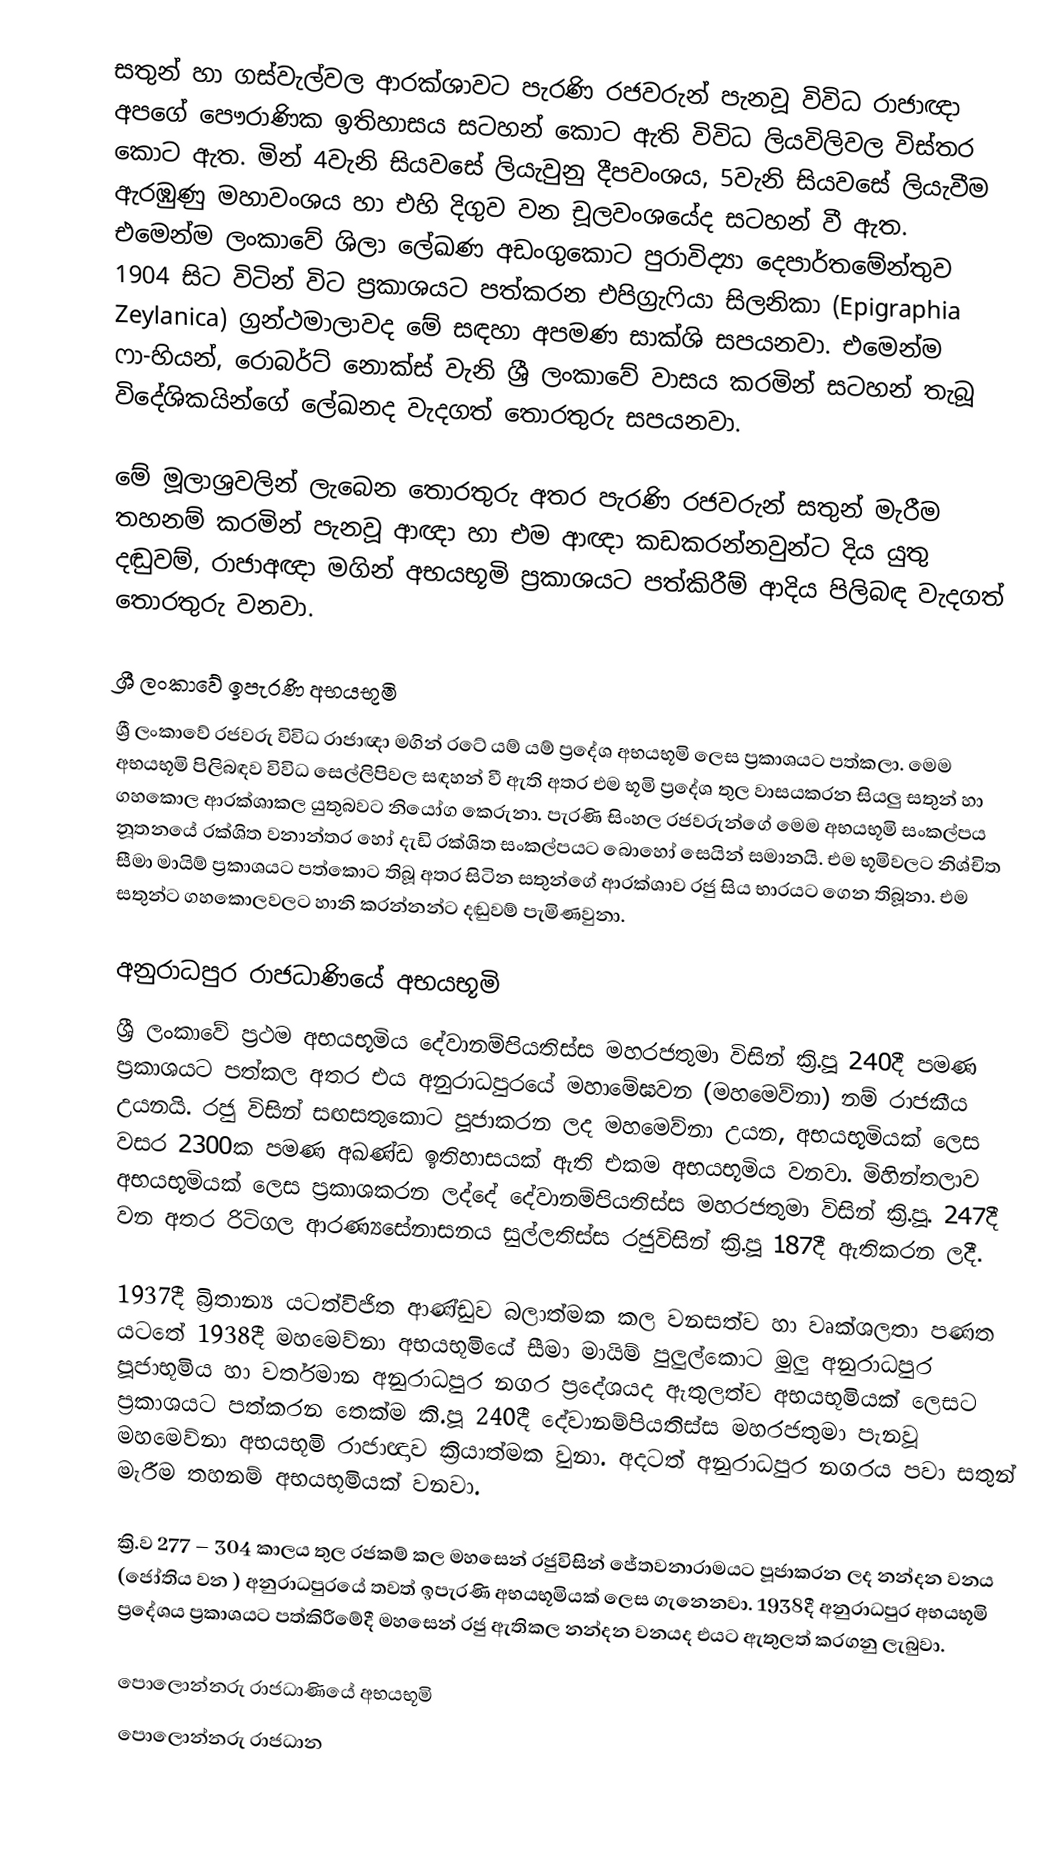
සතුන් හා ගස්වැල්වල ආරක්ශාවට පැරණි රජවරුන් පැනවූ විවිධ  රාජාඥා අපගේ පෞරාණික ඉතිහාසය සටහන් කොට ඇති විවිධ ලියවිලිවල විස්තර කොට ඇත. මින් 4වැනි සියවසේ ලි‍යැවුනු දීපවංශය, 5වැනි සියවසේ ලියැවීම ඇරඹුණු මහාවංශය හා එහි දිගුව වන චූලවංශයේද සටහන් වී ඇත. එමෙන්ම ලංකාවේ ශිලා ලේඛණ අඩංගුකොට පුරාවිද්‍යා දෙපාර්තමේන්තුව 1904 සිට විටින් විට ප්‍රකාශයට පත්කරන එපිග්‍රැෆියා සිලනිකා (Epigraphia Zeylanica) ග්‍රන්ථමාලාවද මේ සඳහා අපමණ සාක්ශි සපයනවා. එමෙන්ම ෆා-හියන්, රොබර්ට් නොක්ස් වැනි ශ්‍රී ලංකාවේ වාසය කරමින් සටහන් තැබූ විදේශිකයින්ගේ ලේඛනද වැදගත් තොරතුරු සපයනවා.

මේ මූලාශ්‍රවලින් ලැබෙන තොරතුරු අතර පැරණි රජවරුන් සතුන් මැරීම තහනම් කරමින් පැනවූ ආඥා හා එම ආඥා කඩකරන්නවුන්ට දිය යුතු දඬුවම්, රාජාඅඥා මගින් අභයභූමි ප්‍රකාශයට පත්කිරීම් ආදිය පිලිබඳ වැදගත් තොරතුරු වනවා.

ශ්‍රී ලංකාවේ ඉපැරණි අභයභූමි
ශ්‍රී ලංකාවේ රජවරු විවිධ රාජාඥා මගින් රටේ යම් යම් ප්‍රදේශ අභයභූමි ලෙස ප්‍රකාශයට පත්කලා. මෙම අභයභූමි පිලිබඳව විවිධ සෙල්ලිපිවල සඳහන් වී ඇති අතර එම භූමි ප්‍රදේශ තුල වාසයකරන සියලු සතුන් හා ගහකොල ආරක්ශාකල යුතුබවට නියෝග කෙරුනා. පැරණි සිංහල රජවරුන්ගේ මෙම අභයභූමි සංකල්පය නූතනයේ රක්ශිත වනාන්තර හෝ දැඩි රක්ශිත සංකල්පයට බොහෝ සෙයින් සමානයි. එම භූමිවලට නිශ්චිත සීමා මායිම් ප්‍රකාශයට පත්කොට තිබූ අතර සිටින සතුන්ගේ ආරක්ශාව රජු සිය භාරයට ගෙන තිබූනා. එම සතුන්ට ගහකොලවලට හානි කරන්නන්ට දඬුවම් පැමිණවුනා.

අනුරාධපුර රාජධාණියේ අභයභූමි
ශ්‍රී ලංකාවේ ප්‍රථම අභයභූමිය දේවානම්පියතිස්ස මහරජතුමා විසින් ක්‍රි.පූ 240දී පමණ ප්‍රකාශයට පත්කල අතර එය අනුරාධපුරයේ මහාමේඝවන (මහමෙව්නා) නම් රාජකීය උයනයි. රජු විසින් සඟසතුකොට පූජාකරන ලද මහමෙව්නා උයන, අභයභූමියක් ලෙස වසර 2300ක පමණ අඛණ්ඩ ඉතිහාසයක් ඇති එකම අභයභූමිය වනවා. මිහින්තලාව අභයභූමියක් ලෙස ප්‍රකාශකරන ලද්දේ දේවානම්පියතිස්ස මහරජතුමා විසින් ක්‍රි.පූ. 247දී වන අතර රිටිගල ආරණ්‍යසේනාසනය සුල්ලතිස්ස රජුවිසින් ක්‍රි.පූ 187දී ඇතිකරන ලදී.

1937දී බ්‍රිතාන්‍ය යටත්විජිත ආණ්ඩුව බලාත්මක කල වනසත්ව හා වෘක්ශලතා පණත යටතේ 1938දී මහමෙව්නා අභයභූමියේ සීමා මායිම් පුලුල්කොට මුලු අනුරාධපුර පූජාභූමිය හා වර්තමාන අනුරාධපුර නගර ප්‍රදේශයද ඇතුලත්ව අභයභූමියක් ලෙසට ප්‍රකාශයට පත්කරන තෙක්ම කි.පූ 240දී දේවානම්පියතිස්ස මහරජතුමා පැනවූ මහමෙව්නා අභයභූමි රාජාඥාව ක්‍රියාත්මක වුනා.  අදටත් අනුරාධපුර නගරය පවා සතුන් මැරීම තහනම් අභයභූමියක් වනවා.

ක්‍රි.ව 277 – 304 කාලය තුල රජකම් කල මහසෙන් රජුවිසින් ජේතවනාරාමයට පූජාකරන ලද නන්දන වනය (ජෝතිය වන ) අනුරාධපුරයේ තවත් ඉපැරණි අභයභූමියක් ලෙස ගැනෙනවා. 1938දී අනුරාධපුර අභයභූමි ප්‍රදේශය ප්‍රකාශයට පත්කිරීමේදී මහසෙන් රජු ඇතිකල නන්දන වනයද  එයට ඇතුලත් කරගනු ලැබුවා.

පොලොන්නරු රාජධාණියේ අභයභූමි
පොලොන්නරු රාජධාන